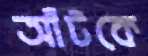
আঁটকে